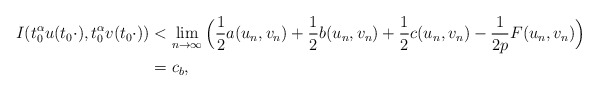
\begin{align*}I(t_{0}^{\alpha}u(t_{0}\cdot),t_{0}^{\alpha}v(t_{0}\cdot))&<\mathop{\lim}\limits_{n\rightarrow\infty}\Big(\frac{1}{2}a(u_{n},v_{n})+\frac{1}{2}b(u_{n},v_{n})+\frac{1}{2}c(u_{n},v_{n})-\frac{1}{2p}F(u_{n},v_{n})\Big)\\&=c_{b},\end{align*}